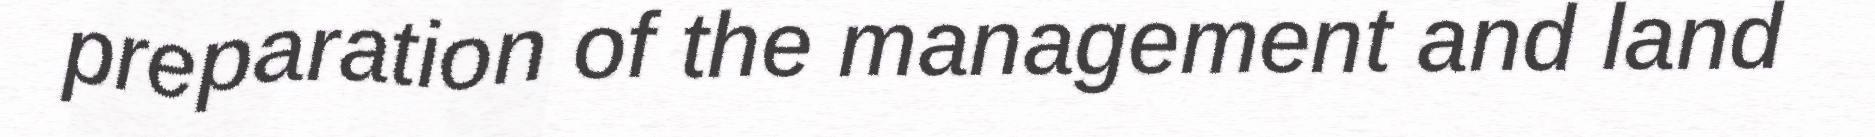
preparation of the management and land